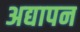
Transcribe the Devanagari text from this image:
अद्यापन